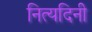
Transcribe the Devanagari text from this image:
नित्यदिनी